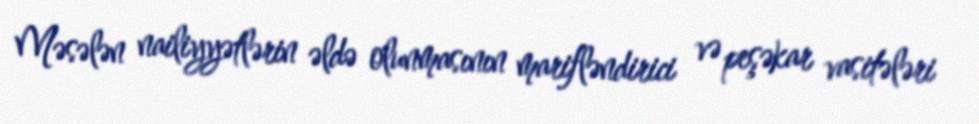
Məsələn nailiyyətlərin əldə olunmasının marifləndirici və peşəkar vasitələri